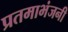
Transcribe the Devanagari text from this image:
प्रतमाभंजनी